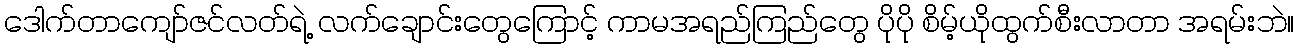
ဒေါက်တာကျော်ဇင်လတ်ရဲ့ လက်ချောင်းတွေကြောင့် ကာမအရည်ကြည်တွေ ပိုပို စိမ့်ယိုထွက်စီးလာတာ အရမ်းဘဲ။